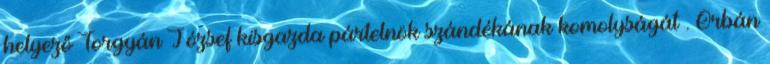
helyező Torgyán József kisgazda pártelnök szándékának komolyságát . Orbán